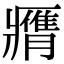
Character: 𦢖